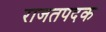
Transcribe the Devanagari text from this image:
राजतपदक